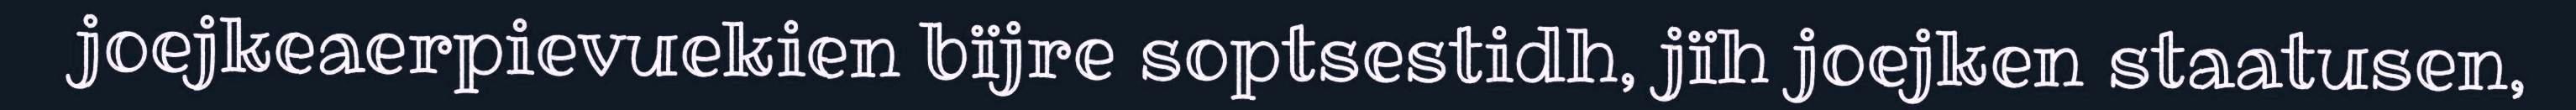
joejkeaerpievuekien bïjre soptsestidh, jïh joejken staatusen,